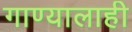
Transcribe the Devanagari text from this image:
गाण्यालाही